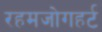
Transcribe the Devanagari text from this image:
रहमजोगहर्ट